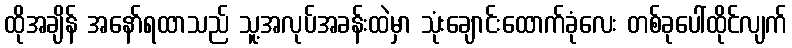
ထိုအချိန် အနော်ရထာသည် သူ့အလုပ်အခန်းထဲမှာ သုံးချောင်းထောက်ခုံလေး တစ်ခုပေါ်ထိုင်လျက်